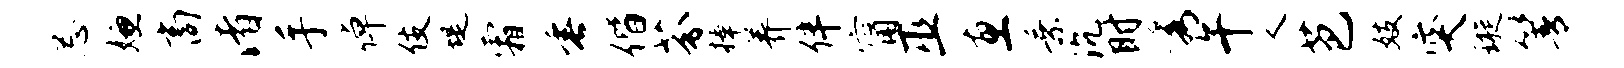
忌嫌商渚手倬伎堤霜垂偕芬捧养伴甯巫惠乘沉时秀午人芭妓突璇箐